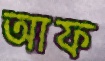
আফ